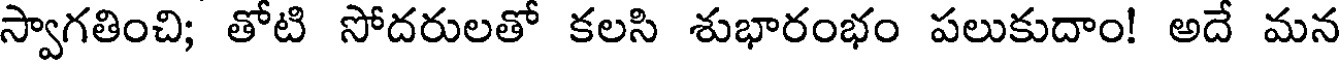
స్వాగతించి; తోటి సోదరులతో కలసి శుభారంభం పలుకుదాం! అదే మన